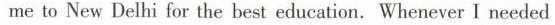
me to New Delhi fae the best education.Whenever I needed